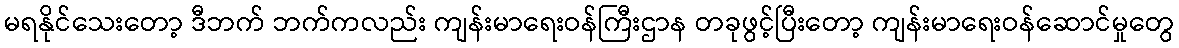
မရနိုင်သေးတော့ ဒီဘက် ဘက်ကလည်း ကျန်းမာရေးဝန်ကြီးဌာန တခုဖွင့်ပြီးတော့ ကျန်းမာရေးဝန်ဆောင်မှုတွေ